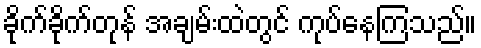
ခိုက်ခိုက်တုန် အချမ်းထဲတွင် ကုပ်နေကြသည်။